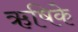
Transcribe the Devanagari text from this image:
ऋषिके